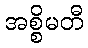
အစ္စိမတီ